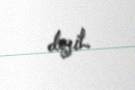
deyil.